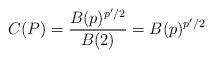
LaTeX: \begin{align*} C (P) = \frac{B (p)^{p'/2}}{B (2)} = B (p)^{p'/2} \end{align*}